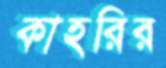
কাহরির